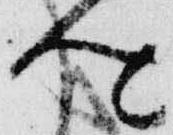
卿